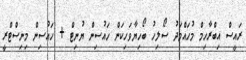
ރައީސް އިބްރާހިމް މުހައްމަދު ސޯލިހު ބޯހިޔާވަހިކަން ހައުސިން ޔުނިޓް + ހައުސިން މިނިސްޓްރީ